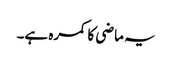
یہ ماضی کا کمرہ ہے۔